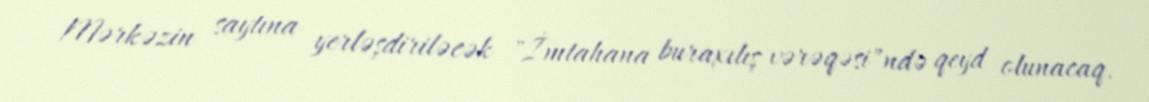
Mərkəzin saytına yerləşdiriləcək "İmtahana buraxılış vərəqəsi"ndə qeyd olunacaq.